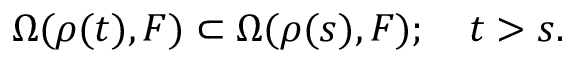
\Omega ( \rho ( t ) , F ) \subset \Omega ( \rho ( s ) , F ) ; \quad t > s .